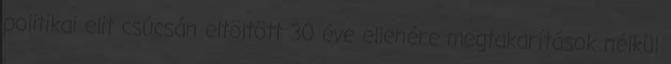
politikai elit csúcsán eltöltött 30 éve ellenére megtakarítások nélkül